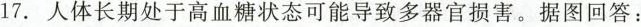
17. 人体长期处于高血糖状态可能导致多器官损害。据图回答：